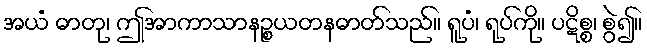
အယံ ဓာတု၊ ဤအာကာသာနဉ္စယတနဓာတ်သည်။ ရူပံ၊ ရုပ်ကို။ ပဋိစ္စ၊ စွဲ၍။